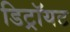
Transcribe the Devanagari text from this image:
डिट्रॉयट